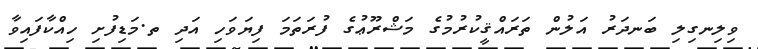
ވިލިނގިލި ބަނދަރު އަލުން ތަރައްޤީކުރުމުގެ މަޝްރޫޢުގެ ފުރަތަމަ ފިޔަވަހި އަދި ތ.މަޑިފުށި ހިއްކާފައިވާ